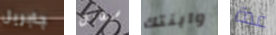
جابريل سيقابل وابنتك عدة